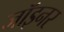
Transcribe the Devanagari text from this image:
जॉइनर